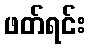
ဖတ်ရင်း